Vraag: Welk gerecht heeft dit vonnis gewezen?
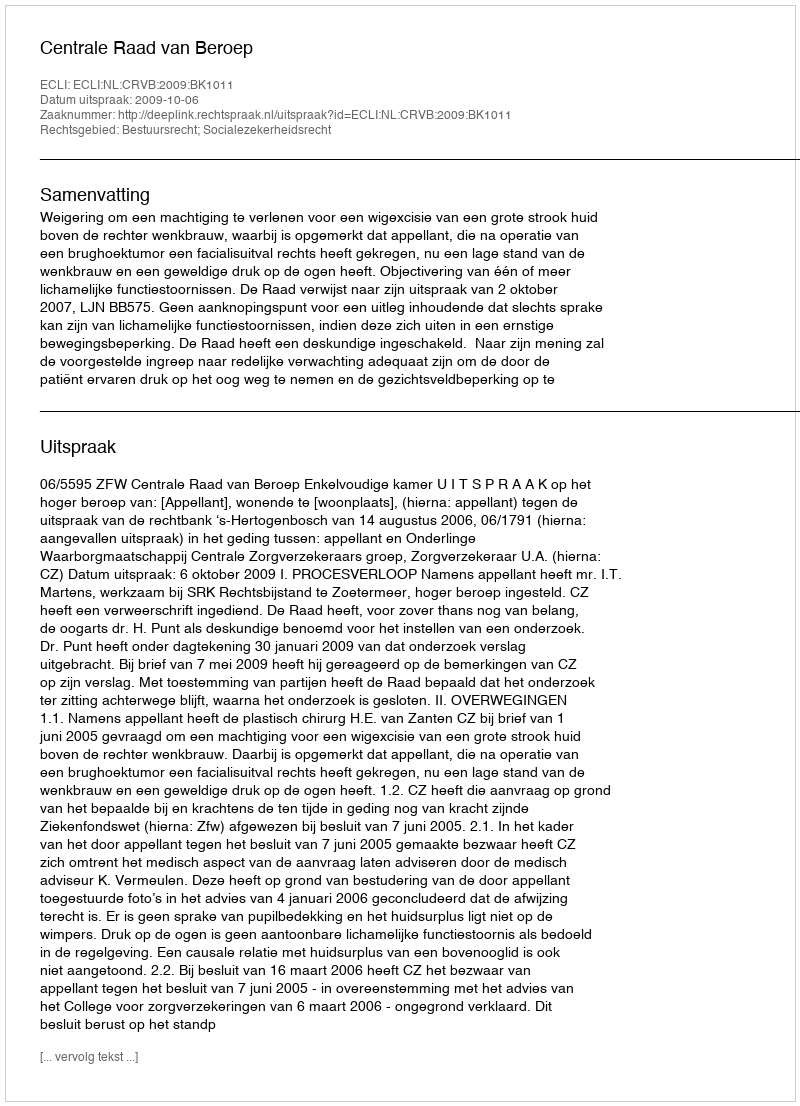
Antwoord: Centrale Raad van Beroep